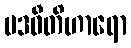
ပဒဝီတိဟာရော